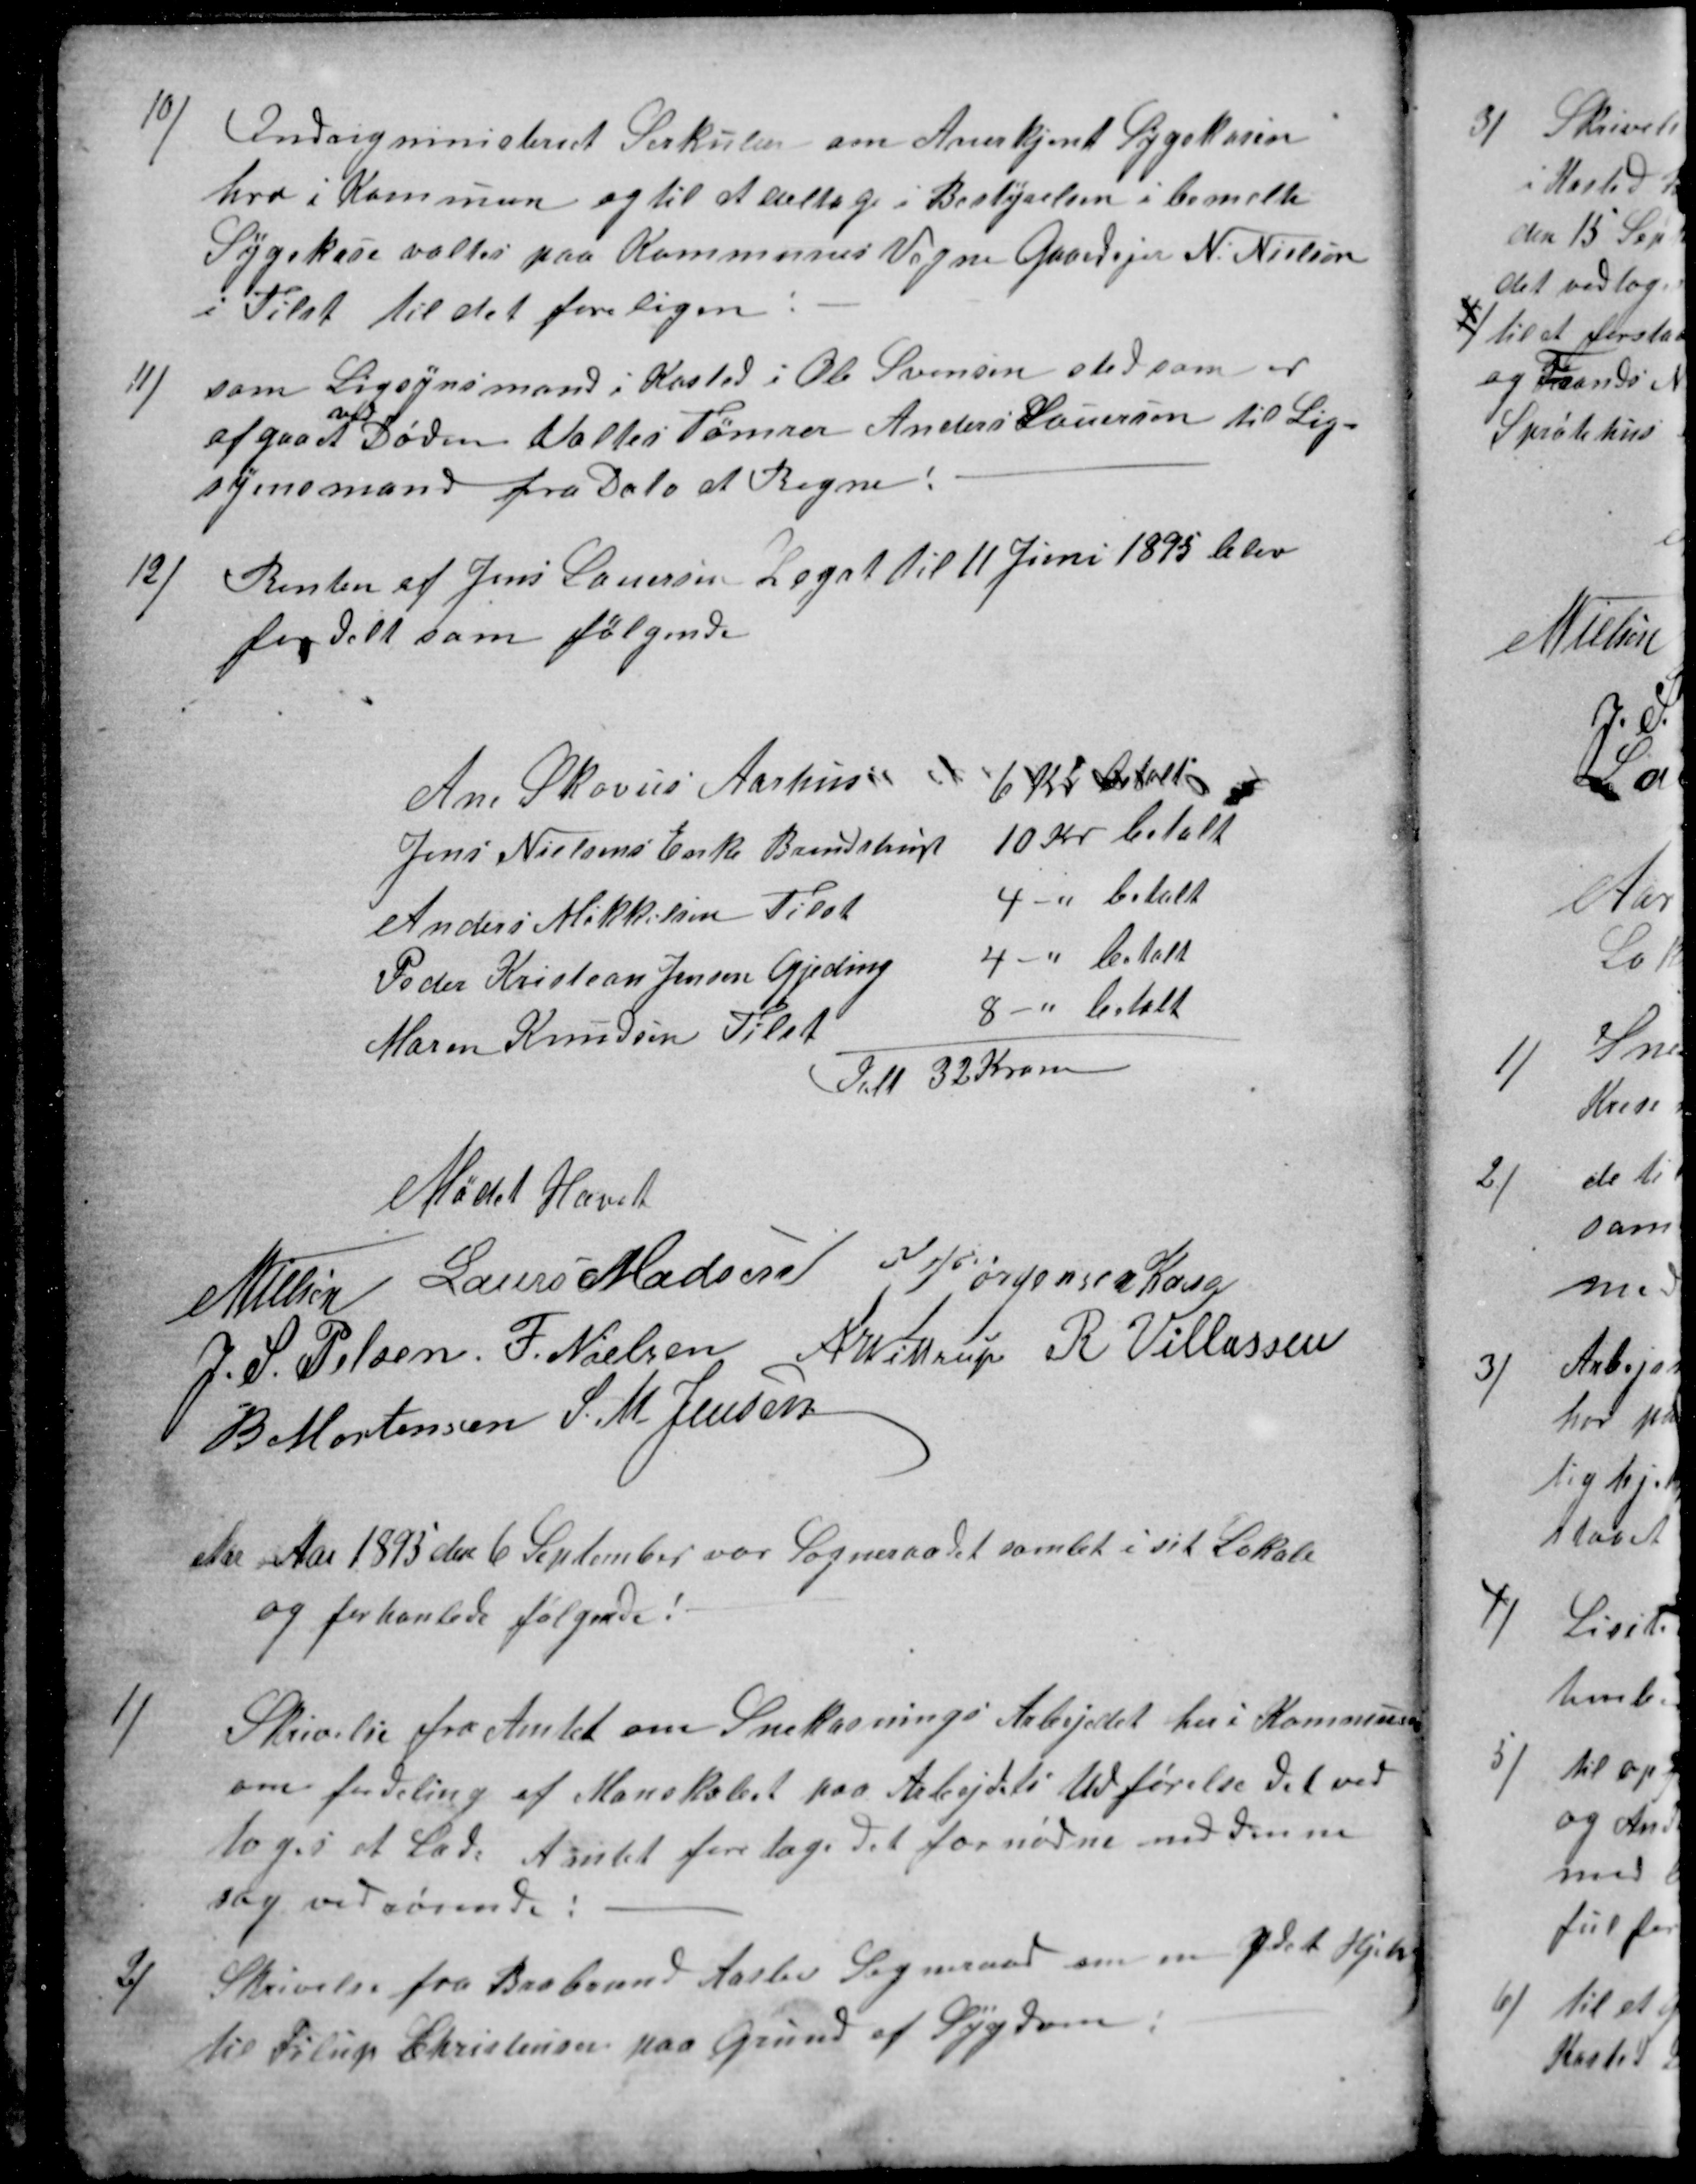
Transskription:
10)
Indrigministeriet Sirkulær om Anerkjent Sygekasen
her i Kommun og til at deltage i Bestyrelsen i bemelte
Sygekase valtes paa Kommunes Vegne Gaardejer N. Nielsen
i Tilst til det foreligen
11)
som Ligsynsmand i Kasted i Ole Svensen sted som er
afgaaet 
ved
Døden Valtes Tømrer Anders Lauersen til Lig-
synsmand fra Dato at Regne.
12)
Renten af Jens Lauersen Legat til 11 Juni 1895 blev
fordelt som følgende
Ane Skovus Aarhus
6 Kr betalt
Jens Nielsens Enke Brendstrup
10 kr betalt
Anders Mikkelsen Tilst
4 " betalt
Peder Kristian Jensen Gjeding
4 " betalt
Maren Knudsen Tilst
8 " betalt
Ialt 32 Kroner
Mødet Hævet
N Nielsen
Laurs Madsen
J P Jørgensen Kaae
J. S. Pelsen
F. Nielsen
A Wittrup
R. Villassen
B Mortensen
S. M. Jensen
For Aar 1895 den 6 September var Sogneraadet samlet i sit Lokale
og forhanlede følgende:
1)
Skrivelse fra Amtet om Snekasnings Arbejdet her i Kommunen
om fordeling af Manskabet paa Arbejdets Udførelse det ved
toges at lade Amtet foretage det fornødne med denne
sag vedrørende:
2)
Skrivelse fra Brabrand Aaslev Sogneraad om en ydet Hjelp
til Filup Christensen paa Grund af Sygdom